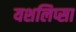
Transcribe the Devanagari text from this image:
यशलिप्सा